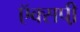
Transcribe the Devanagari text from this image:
ऍक्सपी़